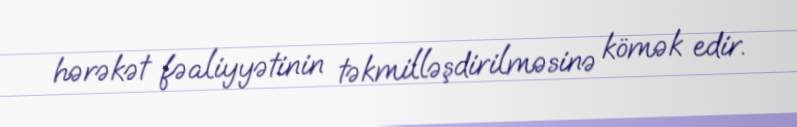
hərəkət fəaliyyətinin təkmilləşdirilməsinə kömək edir.